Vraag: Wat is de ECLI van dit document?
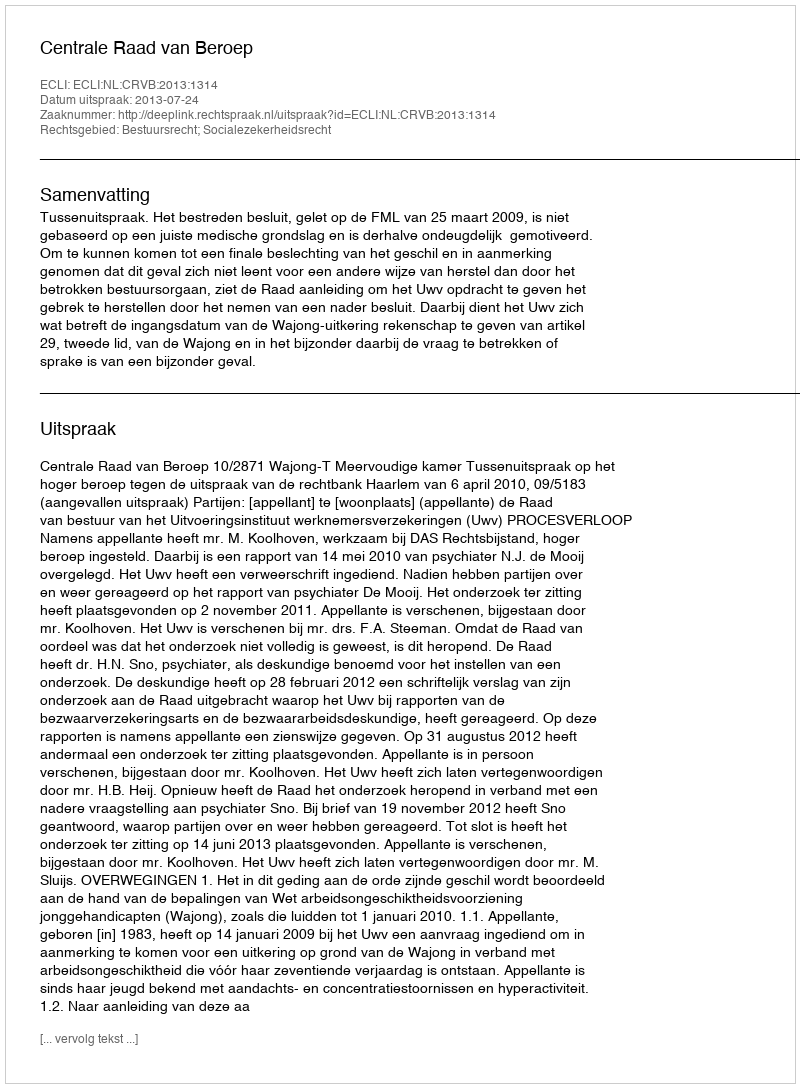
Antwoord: ECLI:NL:CRVB:2013:1314